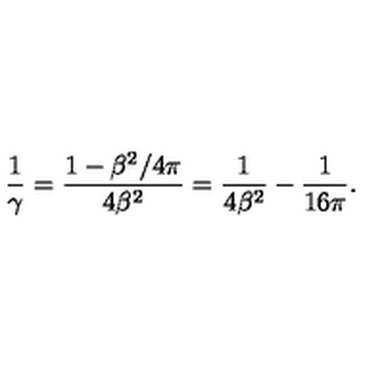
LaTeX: { \frac { 1 } { \gamma } } = { \frac { 1 - \beta ^ { 2 } / 4 \pi } { 4 \beta ^ { 2 } } } = { \frac { 1 } { 4 \beta ^ { 2 } } } - { \frac { 1 } { 1 6 \pi } } .